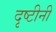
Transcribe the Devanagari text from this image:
दृष्टीनी